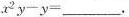
$$x ^ { 2 } y - y = ___$$.